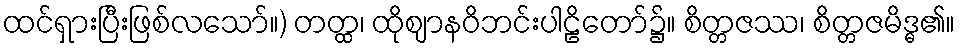
ထင်ရှားပြီးဖြစ်လသော်။) တတ္ထ၊ ထိုဈာနဝိဘင်းပါဠိတော်၌။ စိတ္တဇဿ၊ စိတ္တဇမိဒ္ဓ၏။